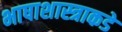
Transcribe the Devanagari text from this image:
भाषाशास्त्राकडे